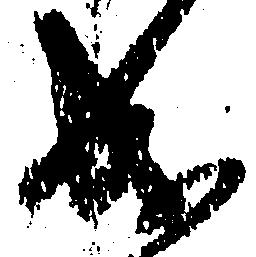
成